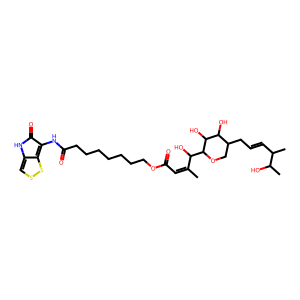
SMILES: CC(=CC(=O)OCCCCCCCC(=O)Nc1c2sscc-2[nH]c1=O)C(O)C1OCC(CC=CC(C)C(C)O)C(O)C1O
Inhibits HIV replication: No